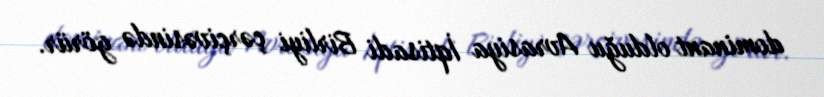
dominant olduğu Avrasiya İqtisadi Birliyi çərçivəsində görür.